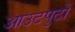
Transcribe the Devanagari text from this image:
आउटपुटों